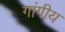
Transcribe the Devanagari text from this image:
गांगीय